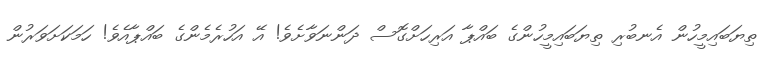
ތިޔަބައިމީހުން އެނބުރި ތިޔަބައިމީހުންގެ ބައްޕާ އަރިހަށްގޮސް ދަންނަވާށެވެ! އޭ އަހުރެމެންގެ ބައްޕާއެވެ! ހަމަކަށަވަރުން